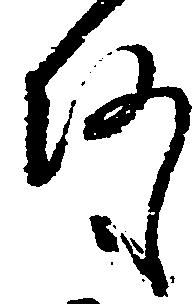
何